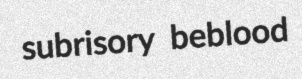
subrisory beblood